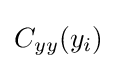
C_{yy}(y_{i})